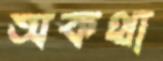
অকথা